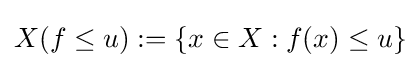
X(f\leq u):=\{x\in X:f(x)\leq u\}